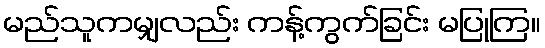
မည်သူကမျှလည်း ကန့်ကွက်ခြင်း မပြုကြ။